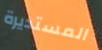
المستديرة